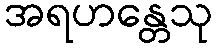
အရဟန္တေသု